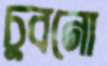
চুবনো